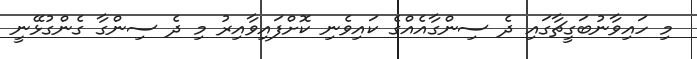
މި ހައިވާނުބަގީޗާގައި ދެ ސިންގާއެއްގެ ކައިވެނި ކޮށްފައިވާއިރު މި ދެ ސިންގާ ގެންގުޅޭނީ